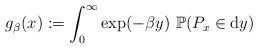
LaTeX: \begin{align*} g_\beta(x) := \int_0^{\infty} {\rm exp}(-\beta y) ~{\mathbb P}(P_x \in{\rm d}y)\end{align*}